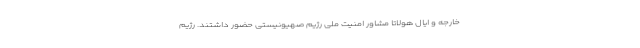
خارجه و ایال هولاتا مشاور امنیت ملی رژیم صهیونیستی حضور داشتند. رژیم